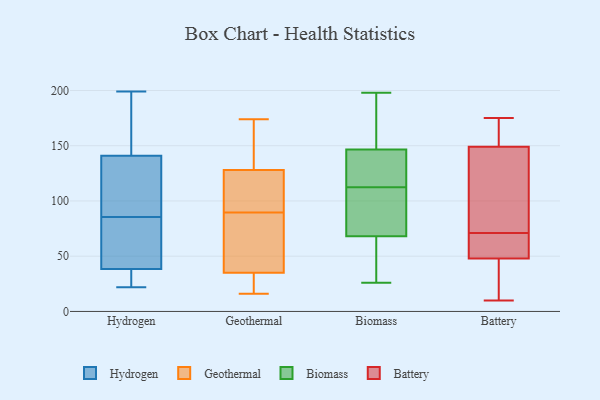
{"axis": {"x": "Shipments", "y": "Value"}, "legend": ["Battery", "Biomass", "Geothermal", "Hydrogen"], "data": [{"x": "", "y": 129, "type": "Hydrogen"}, {"x": "", "y": 51, "type": "Hydrogen"}, {"x": "", "y": 28, "type": "Hydrogen"}, {"x": "", "y": 126, "type": "Hydrogen"}, {"x": "", "y": 189, "type": "Hydrogen"}, {"x": "", "y": 131, "type": "Hydrogen"}, {"x": "", "y": 98, "type": "Hydrogen"}, {"x": "", "y": 36, "type": "Hydrogen"}, {"x": "", "y": 158, "type": "Hydrogen"}, {"x": "", "y": 199, "type": "Hydrogen"}, {"x": "", "y": 184, "type": "Hydrogen"}, {"x": "", "y": 29, "type": "Hydrogen"}, {"x": "", "y": 22, "type": "Hydrogen"}, {"x": "", "y": 25, "type": "Hydrogen"}, {"x": "", "y": 70, "type": "Hydrogen"}, {"x": "", "y": 151, "type": "Hydrogen"}, {"x": "", "y": 123, "type": "Hydrogen"}, {"x": "", "y": 41, "type": "Hydrogen"}, {"x": "", "y": 73, "type": "Hydrogen"}, {"x": "", "y": 41, "type": "Hydrogen"}, {"x": "", "y": 160, "type": "Geothermal"}, {"x": "", "y": 174, "type": "Geothermal"}, {"x": "", "y": 34, "type": "Geothermal"}, {"x": "", "y": 107, "type": "Geothermal"}, {"x": "", "y": 120, "type": "Geothermal"}, {"x": "", "y": 147, "type": "Geothermal"}, {"x": "", "y": 69, "type": "Geothermal"}, {"x": "", "y": 35, "type": "Geothermal"}, {"x": "", "y": 128, "type": "Geothermal"}, {"x": "", "y": 16, "type": "Geothermal"}, {"x": "", "y": 86, "type": "Geothermal"}, {"x": "", "y": 24, "type": "Geothermal"}, {"x": "", "y": 128, "type": "Geothermal"}, {"x": "", "y": 42, "type": "Geothermal"}, {"x": "", "y": 93, "type": "Geothermal"}, {"x": "", "y": 77, "type": "Geothermal"}, {"x": "", "y": 19, "type": "Geothermal"}, {"x": "", "y": 111, "type": "Geothermal"}, {"x": "", "y": 155, "type": "Biomass"}, {"x": "", "y": 115, "type": "Biomass"}, {"x": "", "y": 110, "type": "Biomass"}, {"x": "", "y": 26, "type": "Biomass"}, {"x": "", "y": 109, "type": "Biomass"}, {"x": "", "y": 47, "type": "Biomass"}, {"x": "", "y": 62, "type": "Biomass"}, {"x": "", "y": 162, "type": "Biomass"}, {"x": "", "y": 138, "type": "Biomass"}, {"x": "", "y": 74, "type": "Biomass"}, {"x": "", "y": 128, "type": "Biomass"}, {"x": "", "y": 198, "type": "Biomass"}, {"x": "", "y": 65, "type": "Battery"}, {"x": "", "y": 14, "type": "Battery"}, {"x": "", "y": 10, "type": "Battery"}, {"x": "", "y": 131, "type": "Battery"}, {"x": "", "y": 77, "type": "Battery"}, {"x": "", "y": 56, "type": "Battery"}, {"x": "", "y": 58, "type": "Battery"}, {"x": "", "y": 175, "type": "Battery"}, {"x": "", "y": 104, "type": "Battery"}, {"x": "", "y": 155, "type": "Battery"}, {"x": "", "y": 22, "type": "Battery"}, {"x": "", "y": 149, "type": "Battery"}, {"x": "", "y": 171, "type": "Battery"}, {"x": "", "y": 48, "type": "Battery"}]}